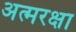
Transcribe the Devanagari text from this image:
अत्मरक्षा